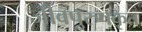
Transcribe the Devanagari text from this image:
जीवपुरुषकृत